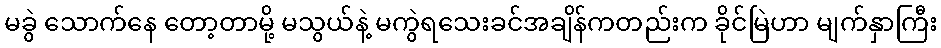
မခွဲ သောက်နေ တော့တာမို့ မသွယ်နဲ့ မကွဲရသေးခင်အချိန်ကတည်းက ခိုင်မြဲဟာ မျက်နှာကြီး